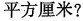
平方厘米?